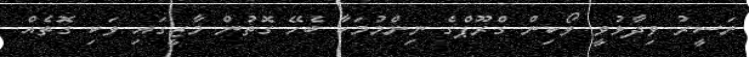
ނަސީރު ވިދާޅުވީ ވޯކިން ގްރޫޕްގެ ނިންމުމަކާ ބެހޭ ގޮތުން މާޒީގައި ވަކި ގޮތެއް